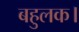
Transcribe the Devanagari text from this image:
बहुलक।